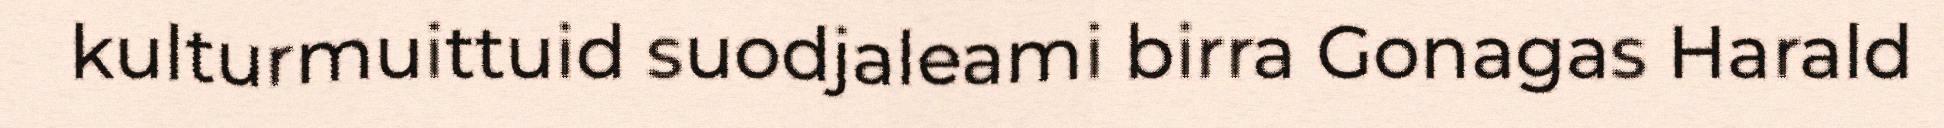
kulturmuittuid suodjaleami birra Gonagas Harald